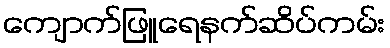
ကျောက်ဖြူရေနက်ဆိပ်ကမ်း